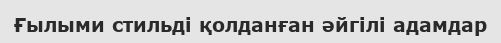
Ғылыми стильді қолданған әйгілі адамдар